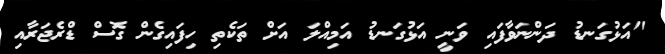
"އަޅުގަނޑު ދަންނަވާފައި ވަނީ އަޅުގަނޑު އަމިއްލަ އަށް ތަކެތި ހިފައިގެން ގޮސް ޑްރެޖަރާއި